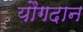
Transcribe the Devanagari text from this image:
यौगदान